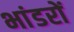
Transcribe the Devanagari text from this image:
भांडरों